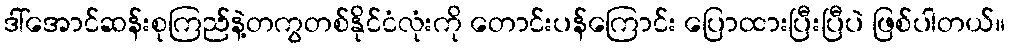
ဒါ်အောင်ဆန်းစုကြည်နဲ့တကွတစ်နိုင်ငံလုံးကို တောင်းပန်ကြောင်း ပြောထားပြီးပြီပဲ ဖြစ်ပါတယ်။